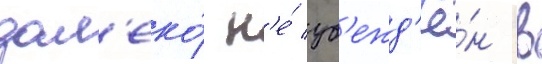
дал'еко́ н'е́ уб'ежд'ё́н в